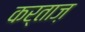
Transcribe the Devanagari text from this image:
कर्ताज़